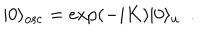
| 0 \rangle _ { \mathrm { o s c } } = \exp ( - i K ) | 0 \rangle _ { u } \ \ .